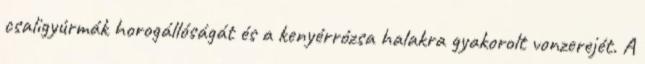
csaligyúrmák horogállóságát és a kenyérrózsa halakra gyakorolt vonzerejét. A